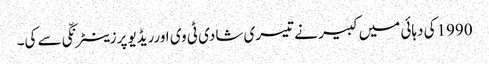
1990کی دہائی میں کبیر نے تیسری شادی ٹی وی اورریڈیو پرزینٹرنکّی سے کی۔